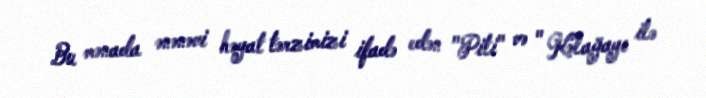
Bu mənada ənənəvi həyat tərzimizi ifadə edən "Piti" və " Kəlağayı ilə